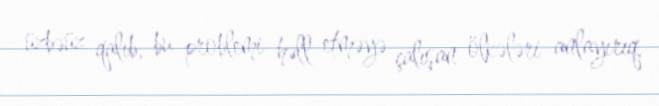
üzbəüz qalıb, bu problemi həll etməyə çalışan ölkələri anlayırıq.